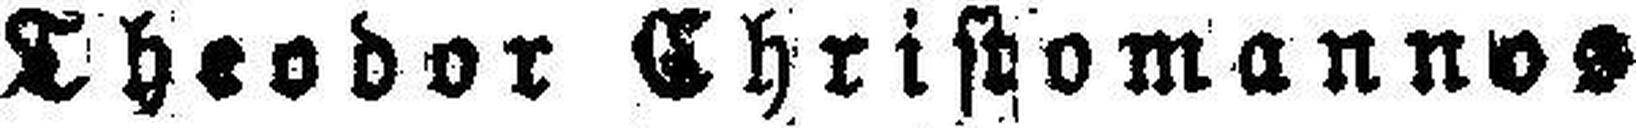
Theodor Christomannos